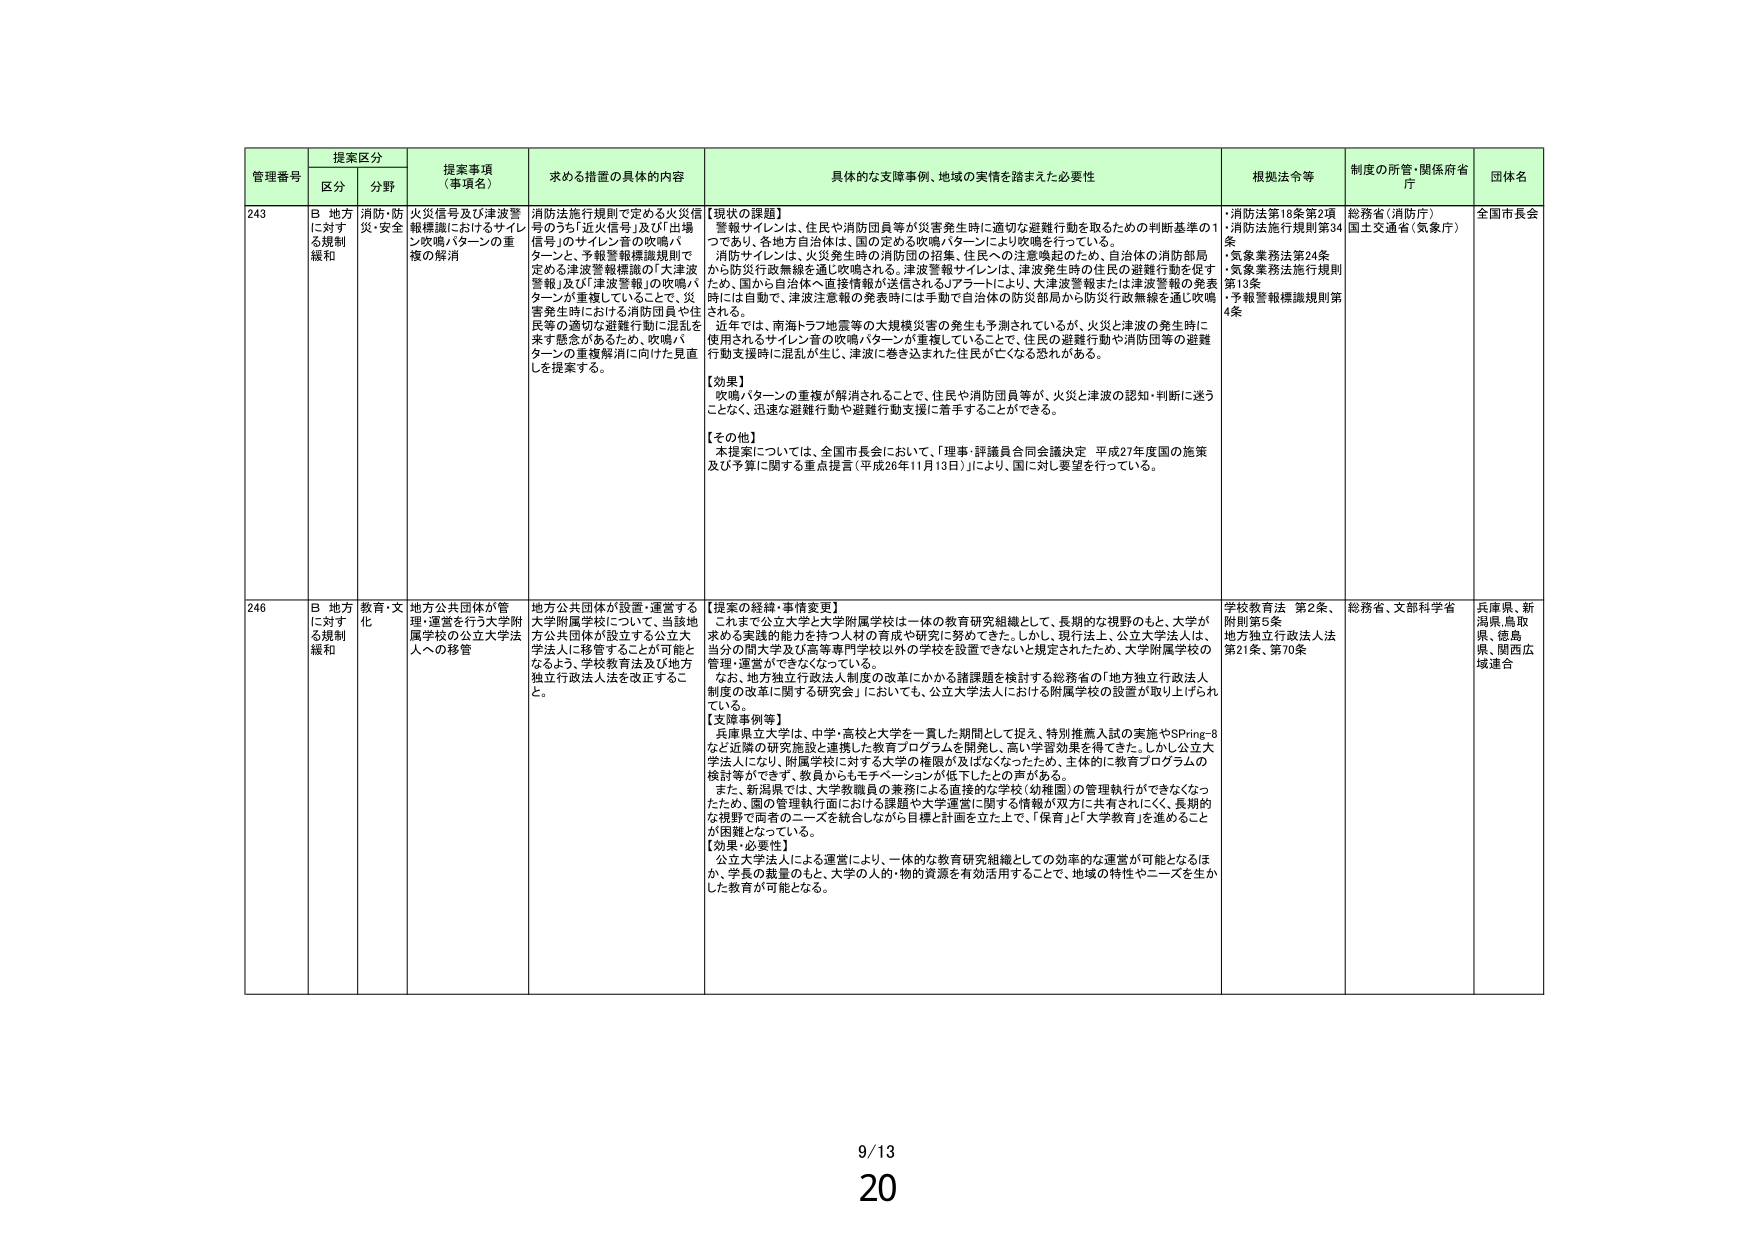
管理番号 提案区分 提案事項（事項名） 求める措置の具体的内容 具体的な支障事例、地域の実情を踏まえた必要性 根拠法令等 制度の所管・関係府省庁 団体名
区分 分野
243 B 地方に対する規制緩和 消防・防災・安全 火災信号及び津波警報機器におけるサイレン吹鳴パターンの重複の解消 消防法施行規則で定める火災信号のうち「近火信号」及び「出場信号」のサイレン音の吹鳴パターンと、予報警報機識規則で定める津波警報機器の「大津波警報」及び「津波警報」の吹鳴パターンが重複していることで、災害発生時ににおける消防団員や住民等の適切な避難行動に混乱を来す懸念があるため、吹鳴パターンの重複解消に向けた見直しを提案する。 【現状の課題】 警報サイレンは、住民や消防団員等が災害発生時に適切な避難行動を取るための判断基準の1つであり、各地方自治体は、国の定める吹鳴パターンにより吹鳴を行っている。 消防サイレンは、火災発生時の消防団の招集、住民への注意喚起のため、自治体の消防部局から防災行政無線を通じ吹鳴される。津波警報サイレンは、津波発生時の住民の避難行動を促すため、国から自治体へ直接情報が送信されるJアラートにより、大津波警報または津波警報の発表時には自動で、津波注意報の発表時には手動で自治体の防災部局から防災行政無線を通じ吹鳴される。 近年では、南海トラフ地震等の大規模災害の発生も予測されているが、火災と津波の発生時に使用されるサイレン音の吹鳴パターンが重複していることで、住民の避難行動や消防団等の避難行動支援時に混乱が生じ、津波に巻き込まれた住民が亡くなる恐れがある。 【効果】 吹鳴パターンの重複が解消されることで、住民や消防団員等が、火災と津波の認知・判断に迷うことなく、迅速な避難行動や避難行動支援に着手することができる。 【その他】 本提案については、全国市長会において、「理事・評議員合同会議決定 平成27年度国の施策及び予算に関する重点提言（平成26年11月13日）」により、国に対し要望を行っている。 ・消防法第18条第2項 ・消防法施行規則第34条 ・気象業務法第24条 ・気象業務法施行規則第13条 ・予報警報機識規則第4条 総務省（消防庁） 国土交通省（気象庁） 全国市長会
246 B 地方に対する規制緩和 教育・文化 地方公共団体が管理・運営を行う大学附属学校の公立大学法人への移管 地方公共団体が設置・運営する大学附属学校について、当該地方公共団体が設立する公立大学法人に移管することが可能となるよう、学校教育法及び地方独立行政法人法を改正すること。 【提案の経緯・事情変更】 これまで公立大学と大学附属学校は一体の教育研究組織として、長期的な視野のもと、大学が求める実践的能力を持つ人材の育成や研究に努めてきた。しかし、現行法上、公立大学法人は、当分の間大学及び高等専門学校以外の学校を設置できないと規定されたため、大学附属学校の管理・運営ができなくなっている。 なお、地方独立行政法人制度の改革にかかる諸課題を検討する総務省の「地方独立行政法人制度の改革に関する研究会」においても、公立大学法人における附属学校の設置が取り上げられている。 【支援事例等】 兵庫県立大学は、中学・高校と大学を一貫した期間として捉え、特別推薦入試の実施やSPring-8など近隣の研究施設と連携した教育プログラムを開発し、高い学習効果を得てきた。しかし公立大学法人になり、附属学校に対する大学の権限が及ばなくなったため、主体的に教育プログラムの検討等ができず、教員からもモチベーションが低下したとの声がある。 また、新潟県では、大学教職員の業務による直接的な学校（幼稚園）の管理執行ができなくなったり、国の管理執行面における課題や大学運営に関する情報が双方に共有されにくく、長期的な視野で両者のニーズを統合しながら目標と計画を立た上で、「保育」と「大学教育」を進めことが困難となっている。 【効果・必要性】 公立大学法人による運営により、一体的な教育研究組織としての効率的な運営が可能となるほか、学長の裁量のもと、大学の人的・物的資源を有効活用することで、地域の特性やニーズを生かした教育が可能となる。 学校教育法 第2条、附則第5条 地方独立行政法人法第21条、第70条 総務省、文部科学省 兵庫県、新潟県、鳥取県、徳島県、関西広域連合
9/13 20